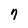
Character: 7